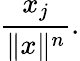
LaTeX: {\frac{x_{j}}{\| x\| ^{n}}}.